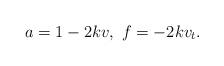
LaTeX: \begin{align*}a=1-2kv, \ f=-2kv_t.\end{align*}